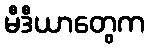
မီဒီယာတွေက